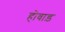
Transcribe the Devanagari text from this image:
होवाड़